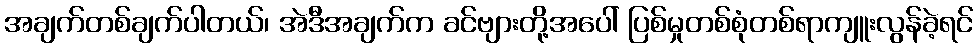
အချက်တစ်ချက်ပါတယ်၊ အဲဒီအချက်က ခင်ဗျားတို့အပေါ် ပြစ်မှုတစ်စုံတစ်ရာကျူးလွန်ခဲ့ရင်